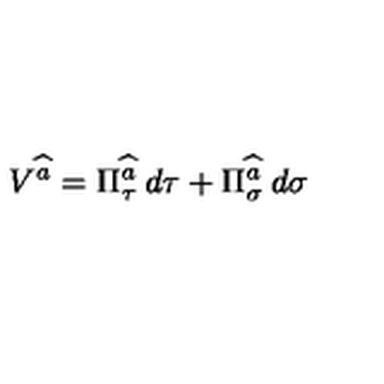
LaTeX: V ^ { \widehat { a } } = \Pi _ { \tau } ^ { \widehat { a } } \: d \tau + \Pi _ { \sigma } ^ { \widehat { a } } \: d \sigma